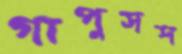
গাপুসশ